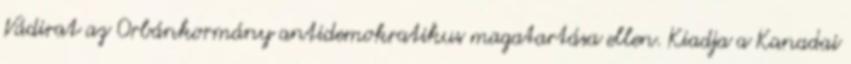
Vádirat az Orbánkormány antidemokratikus magatartása ellen. Kiadja a Kanadai